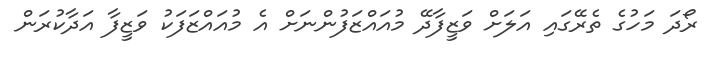
ރޯދަ މަހުގެ ތެރޭގައި އަަލަށް ވަޒީފާދޭ މުއައްޒަފުންނަށް އެ މުއައްޒަފަކު ވަޒީފާ އަދާކުރަން